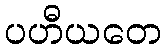
ပဟီယတေ